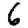
Digit: 6